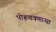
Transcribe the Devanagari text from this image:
पोहचवणाऱ्या